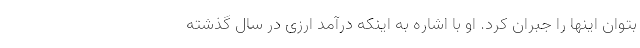
بتوان اینها را جبران کرد. او با اشاره به اینکه درآمد ارزی در سال گذشته